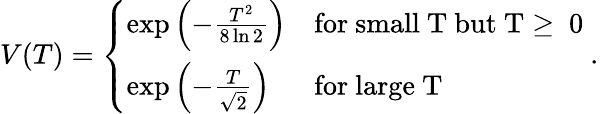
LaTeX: V(T)=\left\{ \begin{array}{ll}{{\exp\left(-\frac{T^{2}}{8\ln 2}\right)}}&{{\mathrm{for~small~T~but~T\ge~0~}}}\\ {{\exp\left(-\frac{T}{\sqrt{2}}\right)}}&{{\mathrm{for~large~T~}}}\end{array}.\right.